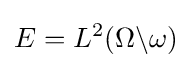
E=L^{2}(\Omega \backslash \omega )